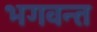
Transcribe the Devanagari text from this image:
भगवन्‍त